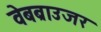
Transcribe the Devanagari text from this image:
वेबब्राउजर